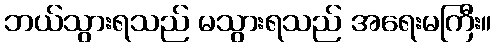
ဘယ်သွားရသည် မသွားရသည် အရေးမကြီး။